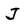
Character: j